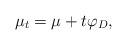
LaTeX: \begin{align*} \mu_t=\mu+t\varphi_D,\end{align*}